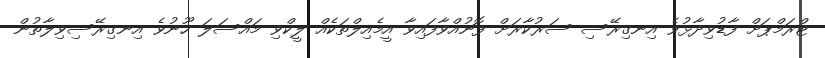
ޓްރަމްޕަށް ފާޑުވިދާޅުވެ އިނގިރޭސި ސަރުކާރަށް ފޮނުއްވާފައިވާ އީމެއިލްތަކެއް ލީކްވި މައްސަލަ ހޫނުވެ އިނގިރޭސިވިލާތުން